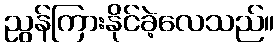
ညွန်ကြားနိုင်ခဲ့လေသည်။